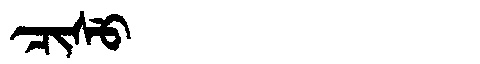
Manchu: ᠴᡳᠰᡠ
Romanization: CISU